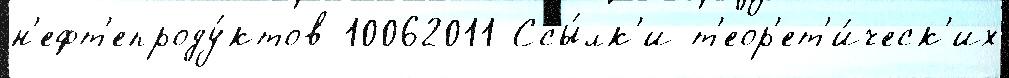
н'ефт'епроду́ктов 10062011 Ссы́лк'и т'еор'ет'и́ческ'их